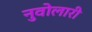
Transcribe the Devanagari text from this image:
नुवोलारी